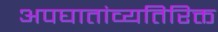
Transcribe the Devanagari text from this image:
अपघातांव्यतिरिक्त